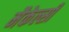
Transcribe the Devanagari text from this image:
मैकेल्सी